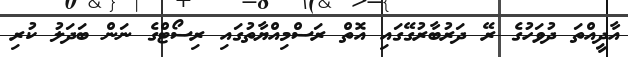
އާދީއްތަ ދުވަހުގެ ރޭ ދަރުބާރުގޭގައި އޮތް ރަސްމިއްޔާތުގައި ރިސޯޓްގެ ނަން ބަދަލު ކުރި